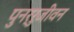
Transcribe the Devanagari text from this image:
पुनर्रुजीवन